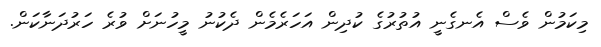
މިކަމުން ވެސް އެނގެނީ އުތުރުގެ ކުދިން އަހަރެމެން ދެކުނު މީހުނަށް ވުރެ ހަރުދަނާކަން.